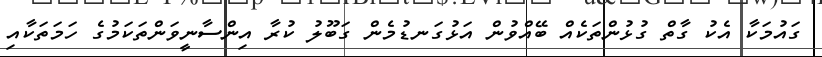
ގައުމަކާ އެކު ގާތް ގުޅުންތަކެއް ބޭއްވުން އަޅުގަނޑުމެން ގަބޫލު ކުރާ އިންސާނީވަންތަކަމުގެ ހަމަތަކާއި